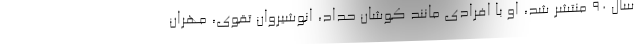
سال 90 منتشر شد، او با افرادی مانند کوشان حداد، انوشیروان تقوی، مهران